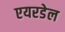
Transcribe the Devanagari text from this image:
एयरडेल